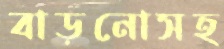
বাড়নোসহ